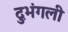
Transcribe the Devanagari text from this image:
दुभंगली